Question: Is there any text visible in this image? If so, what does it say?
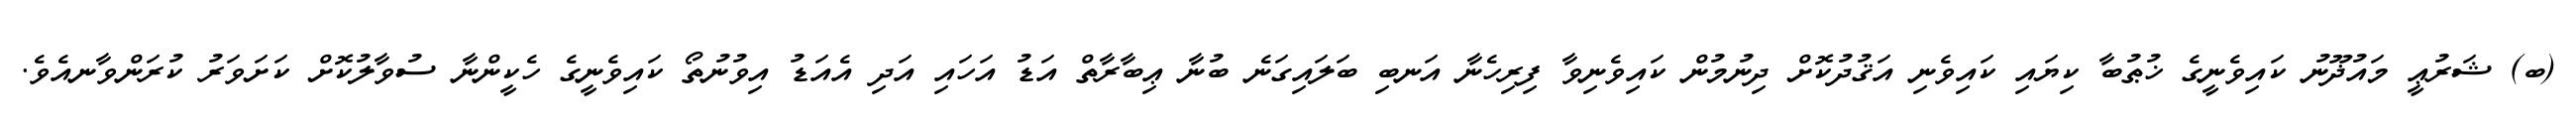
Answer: (ބ) ޝަރުޢީ މައުޛޫނު ކައިވެނީގެ ޚުޠުބާ ކިޔައި ކައިވެނި އަޤުދުކޮށް ދިނުމުން ކައިވެނިވާ ފިރިހެނާ އަނބި ބަލައިގަނެ ބުނާ ޢިބާރާތް އަޑު އަހައި އަދި އެއަޑު އިވުނުތޯ ކައިވެނީގެ ހެކީންނާ ސުވާލުކޮށް ކަށަވަރު ކުރަންވާނއެވެ.